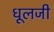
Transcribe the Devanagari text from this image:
धूलजी